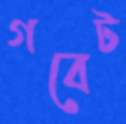
গবেট